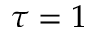
\tau = 1